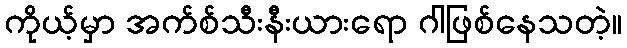
ကိုယ့်မှာ အက်စ်သီးနီးယားရော ဂါဖြစ်နေသတဲ့။